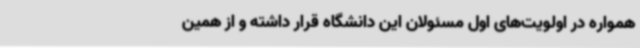
همواره در اولویت‌های اول مسئولان این دانشگاه قرار داشته و از همین